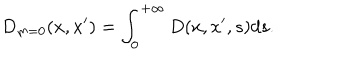
D _ { m = 0 } ( x , x ^ { \prime } ) = \int _ { 0 } ^ { + \infty } D ( x , x ^ { \prime } , s ) d s .